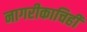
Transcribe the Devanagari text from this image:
नागरीकाचिही